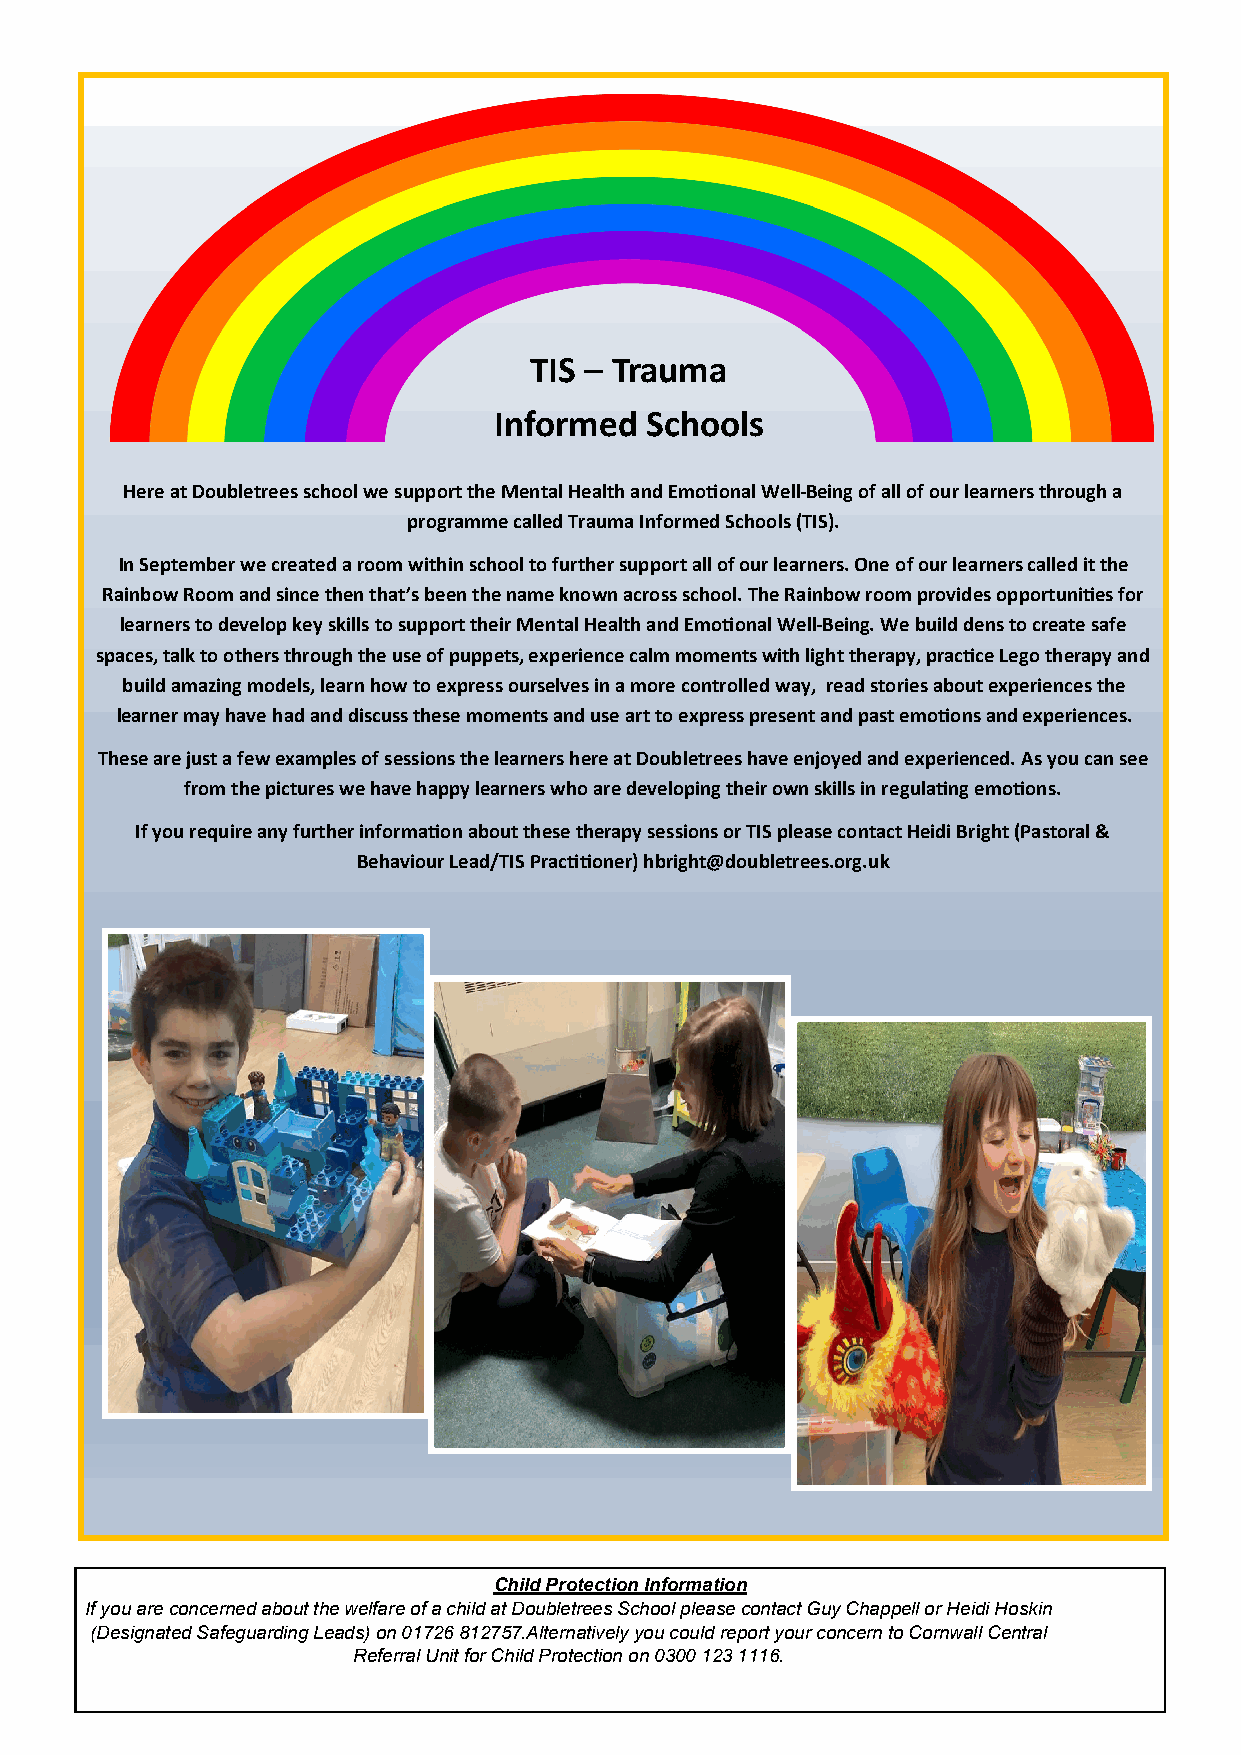
TIS – Trauma
 Informed  Schools
 Here at Doubletrees school we support the Mental Health and Emotional Well-Being of all of our learners through a
 programme called Trauma Informed Schools (TIS).
 In September we created a room within school to further support all of our learners. One of our learners called it the
 Rainbow Room and since then that’s been the name known across school. The Rainbow room provides opportunities for
 learners to develop key skills to support their Mental Health and Emotional Well-Being. We build dens to create safe
 spaces, talk to others through the use of puppets, experience calm moments with light therapy, practice Lego therapy and
 build amazing models, learn how to express ourselves in a more controlled way, read stories about experiences the
 learner may have had and discuss these moments and use art to express present and past emotions and experiences.
 These are just a few examples of sessions the learners here at Doubletrees have enjoyed and experienced. As you can see
 from the pictures we have happy learners who are developing their own skills in regulating emotions.
 If you require any further information about these therapy sessions or TIS please contact Heidi Bright (Pastoral &
 Behaviour Lead/TIS Practitioner) hbright@doubletrees.org.uk
 Child Protection Information
 If you are concerned about the welfare of a child at Doubletrees School please contact Guy Chappell or Heidi Hoskin
 (Designated Safeguarding Leads) on 01726 812757.Alternatively you could report your concern to Cornwall Central
 Referral Unit for Child Protection on 0300 123 1116.